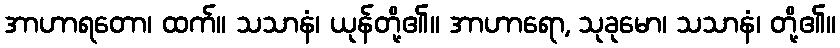
အာဟာရတော၊ ထက်။ သသာနံ၊ ယုန်တို့၏။ အာဟာရော, သုခုမော၊ သသာနံ၊ တို့၏။